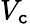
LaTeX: V_{\mathtt{c}}